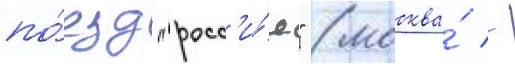
по́езд "росс'и́я" (москва́ -